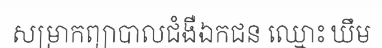
សម្រាកព្យាបាលជំងឺឯកជន ឈ្មោះ ឃឹម